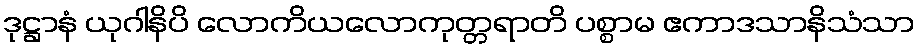
ဒုဋ္ဌာနံ ယုဂါနိပိ လောကိယလောကုတ္တရာတိ ပစ္စာမ ဧကာဒသာနိသံသာ